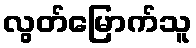
လွတ်မြောက်သူ